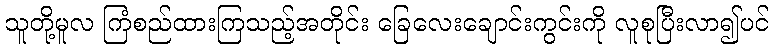
သူတို့မူလ ကြံစည်ထားကြသည့်အတိုင်း ခြေလေးချောင်းကွင်းကို လူစုပြီးလာ၍ပင်